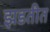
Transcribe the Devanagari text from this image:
झडतीत